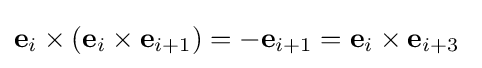
\mathbf {e} _{i}\times \left(\mathbf {e} _{i}\times \mathbf {e} _{i+1}\right)=-\mathbf {e} _{i+1}=\mathbf {e} _{i}\times \mathbf {e} _{i+3}\